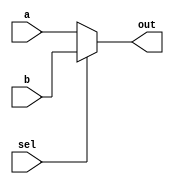
module two2one_mux_32bit(a, b, sel, out);

    input [31:0] a, b;
    input sel;
    output [31:0] out;
    
    assign out = sel ? b : a;

endmodule